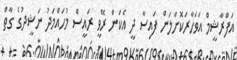
އަފްރާޝީމް އަވަހާރަކޮށްލަން ފައިސާ ދީ އެކަން ރޭވީ ރައީސް މުހައްމަދު ނަޝީދުގެ ގާތް